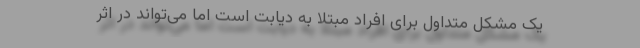
یک مشکل متداول برای افراد مبتلا به دیابت است اما می‌تواند در اثر